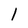
Character: 1